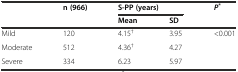
|  | <ROWSPAN=2> n (966) | <COLSPAN=2> S-PP (years) | <ROWSPAN=2> P* |
 |  | Mean | SD |
 | --- | --- | --- | --- | --- |
 | Mild | 120 | 4.15† | 3.95 | <0.001 |
 | Moderate | 512 | 4.36† | 4.27 |  |
 | Severe | 334 | 6.23 | 5.97 |  |